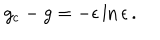
LaTeX: g _ { \mathrm { c } } - g = - \epsilon \ln \epsilon \, .